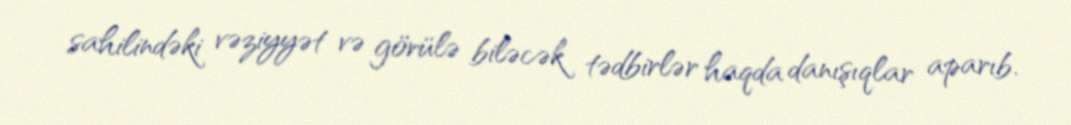
sahilindəki vəziyyət və görülə biləcək tədbirlər haqda danışıqlar aparıb.